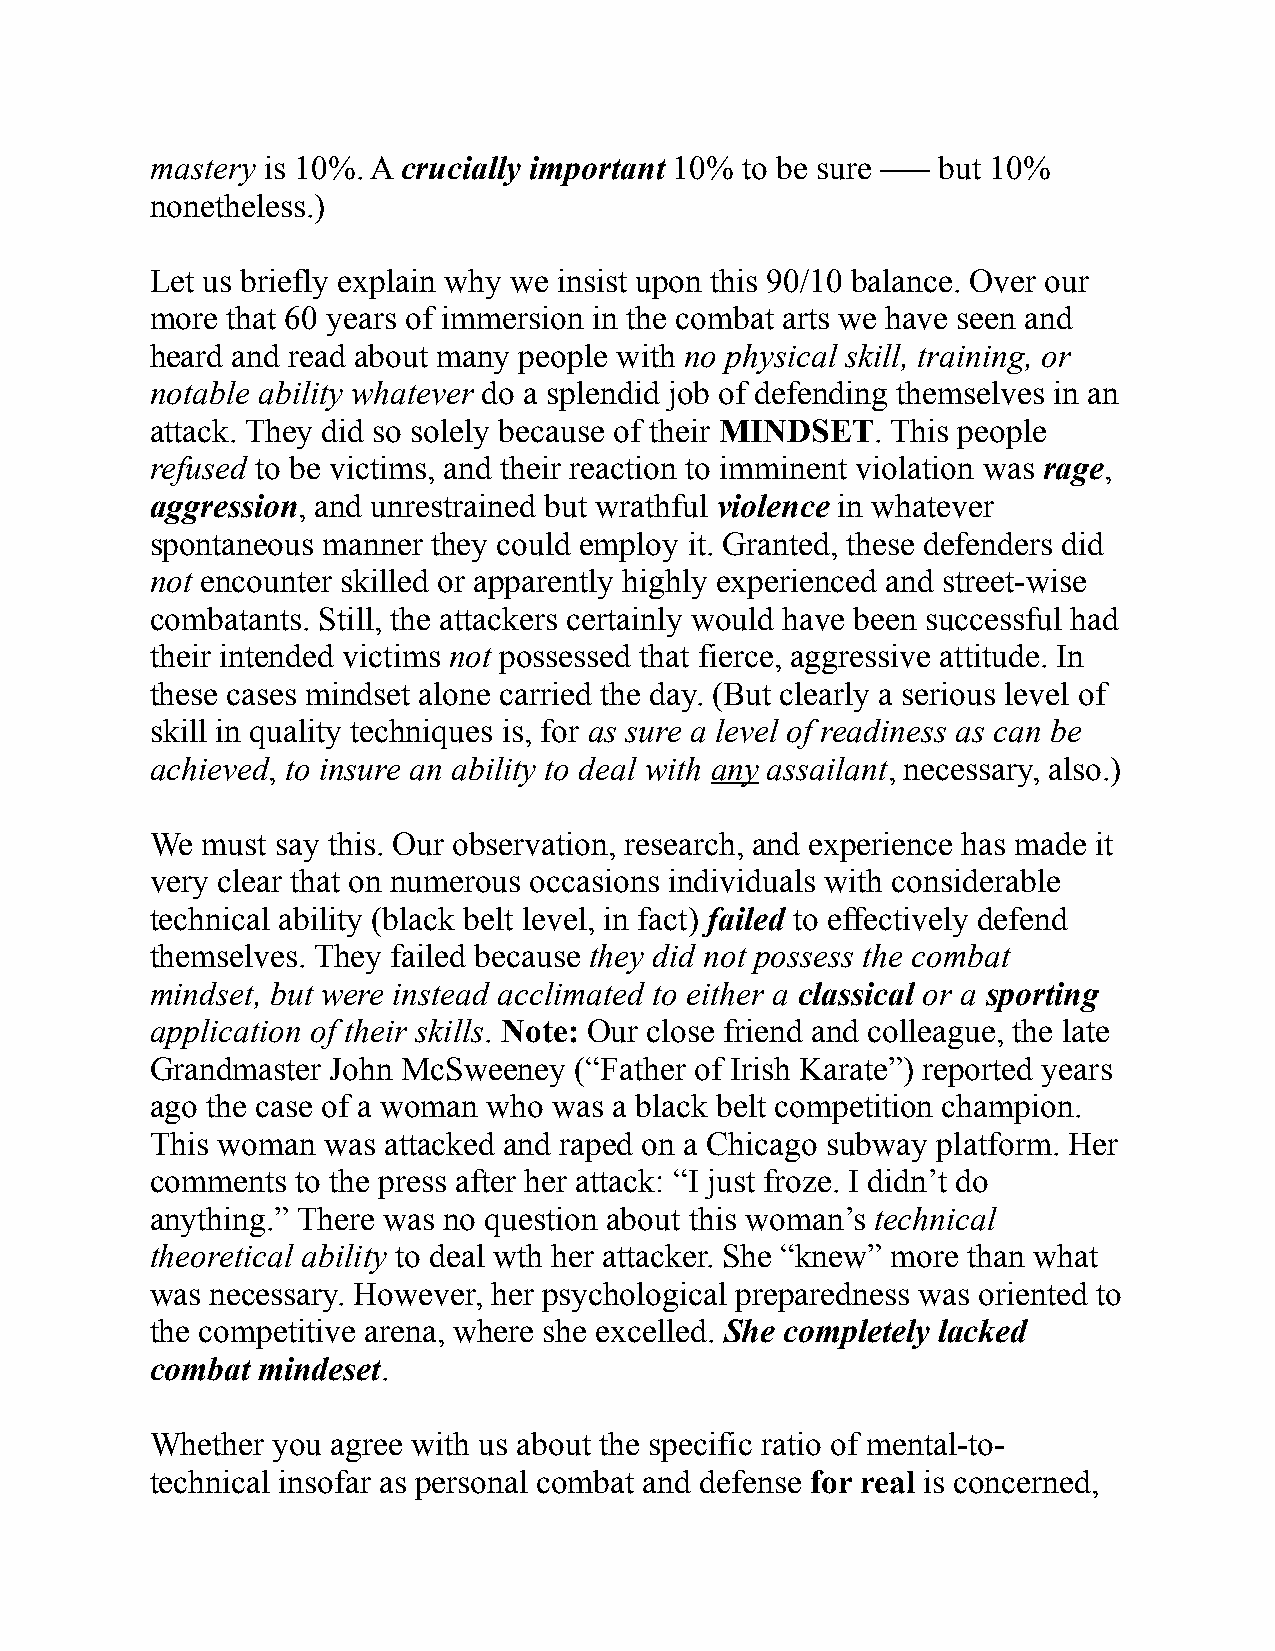
mastery is 10%. A crucially important 10% to be sure ––– but 10%
 nonetheless.)
 Let us briefly explain why we insist upon this 90/10 balance. Over our
 more that 60 years of immersion in the combat arts we have seen and
 heard and read about many people with no physical skill, training, or
 notable ability whatever do a splendid job of defending themselves in an
 attack. They did so solely because of their MINDSET. This people
 refused to be victims, and their reaction to imminent violation was rage,
 aggression, and unrestrained but wrathful violence in whatever
 spontaneous manner they could employ it. Granted, these defenders did
 not encounter skilled or apparently highly experienced and street-wise
 combatants. Still, the attackers certainly would have been successful had
 their intended victims not possessed that fierce, aggressive attitude. In
 these cases mindset alone carried the day. (But clearly a serious level of
 skill in quality techniques is, for as sure a level of readiness as can be
 achieved, to insure an ability to deal with any assailant, necessary, also.)
 We must say this. Our observation, research, and experience has made it
 very clear that on numerous occasions individuals with considerable
 technical ability (black belt level, in fact) failed to effectively defend
 themselves. They failed because they did not possess the combat
 mindset, but were instead acclimated to either a classical or a sporting
 application of their skills. Note: Our close friend and colleague, the late
 Grandmaster John McSweeney  (“Father of Irish Karate”) reported years
 ago the case of a woman who was a black belt competition champion.
 This woman was attacked and raped on a Chicago subway platform. Her
 comments  to the press after her attack: “I just froze. I didn’t do
 anything.” There was no question about this woman’s technical
 theoretical ability to deal wth her attacker. She “knew” more than what
 was necessary. However, her psychological preparedness was oriented to
 the competitive arena, where she excelled. She completely lacked
 combat mindeset.
 Whether you agree with us about the specific ratio of mental-to-
 technical insofar as personal combat and defense for real is concerned,